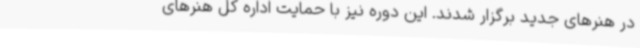
در هنرهای جدید برگزار شدند. این دوره نیز با حمایت اداره کل هنرهای